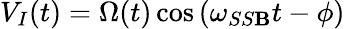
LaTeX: V_{I}(t)=\Omega(t)\cos\left(\omega_{SS\mathbf{B}}t-\phi\right)